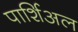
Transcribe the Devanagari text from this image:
पार्शिअल